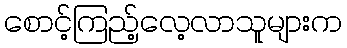
စောင့်ကြည့်လေ့လာသူများက